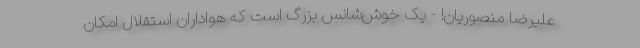
علیرضا منصوریان! - یک خوش‌شانس بزرگ است که هواداران استقلال امکان